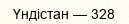
Үндістан — 328